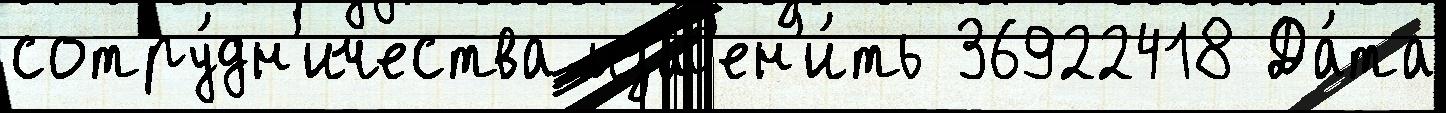
сотру́дн'ичества изм'ен'и́ть 36922418 Да́та